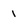
Character: 1